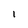
Character: l